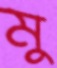
মু